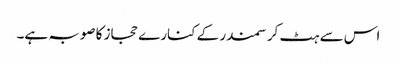
اس سے ہٹ کر سمندر کے کنارے حجاز کا صوبہ ہے۔